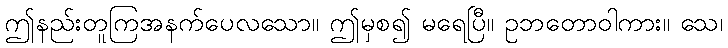
ဤနည်းတူကြအနက်ပေလသော။ ဤမှစ၍ မရေပြီ။ ဥဘတောဝါကား။ သေ၊